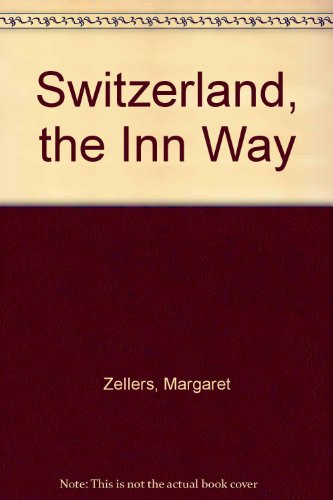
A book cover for Switzerland, the Inn Way; Margaret Zellers; Travel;